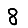
Digit: 8